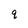
Character: q